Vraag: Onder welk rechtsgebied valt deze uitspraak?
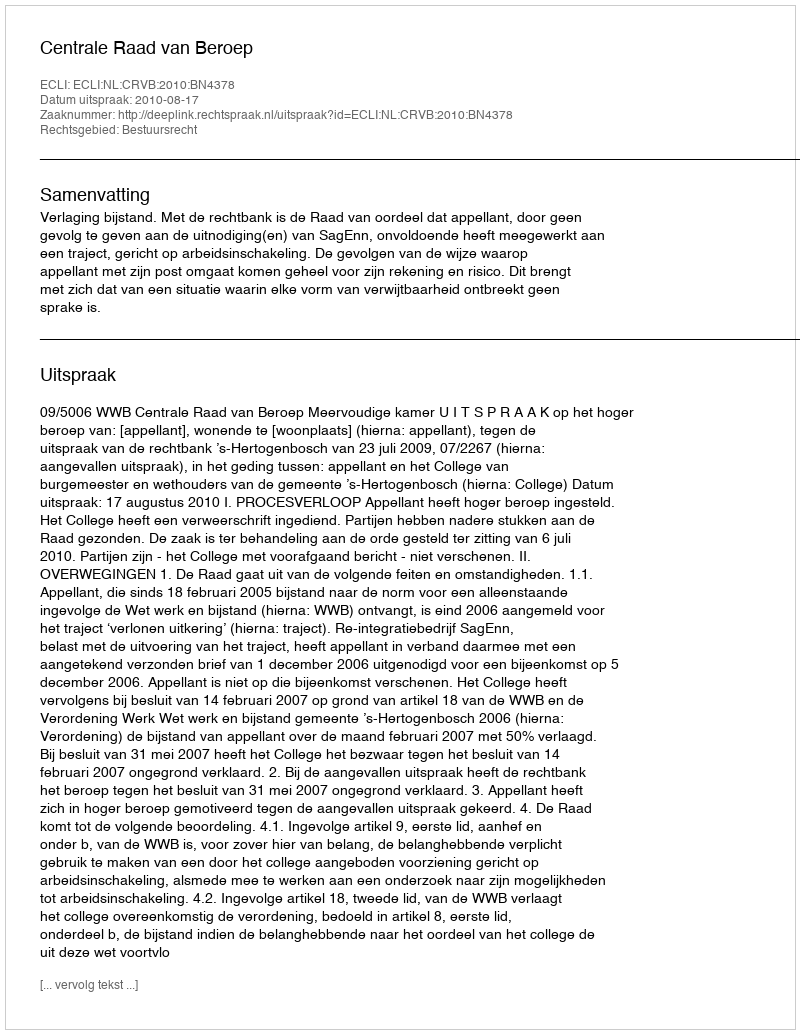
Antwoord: Bestuursrecht